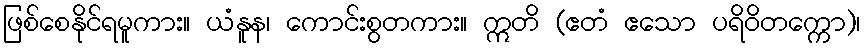
ဖြစ်စေနိုင်ရမူကား။ ယံနူန၊ ကောင်းစွတကား။ ဣတိ (ဧတံ ဧသော ပရိဝိတက္ကော)၊